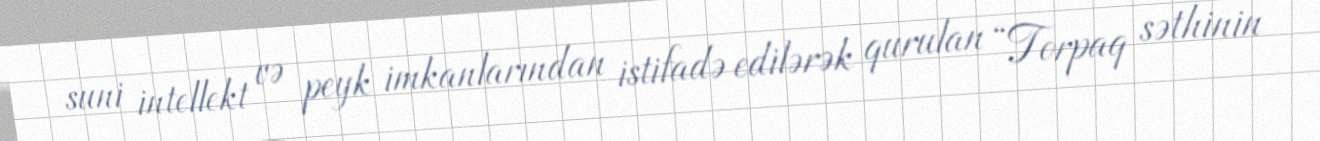
suni intellekt və peyk imkanlarından istifadə edilərək qurulan “Torpaq səthinin